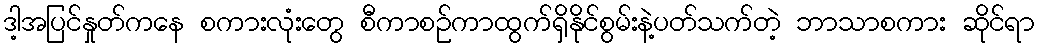
ဒါ့အပြင်နှုတ်ကနေ စကားလုံးတွေ စီကာစဉ်ကာထွက်ရှိနိုင်စွမ်းနဲ့ပတ်သက်တဲ့ ဘာသာစကား ဆိုင်ရာ